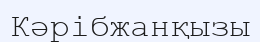
Кәрібжанқызы